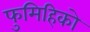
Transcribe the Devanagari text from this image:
फुमिहिको